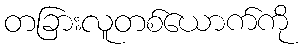
တခြားလူတစ်ယောက်ကို